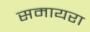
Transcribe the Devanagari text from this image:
समायरा